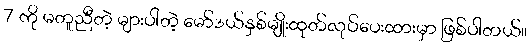
7 ကို မတူညီတဲ့ များပါတဲ့ မော်ဒယ်နှစ်မျိုးထုတ်လုပ်ပေးထားမှာ ဖြစ်ပါတယ်။